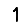
Digit: 1